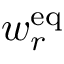
w _ { r } ^ { \mathrm { { e q } } }